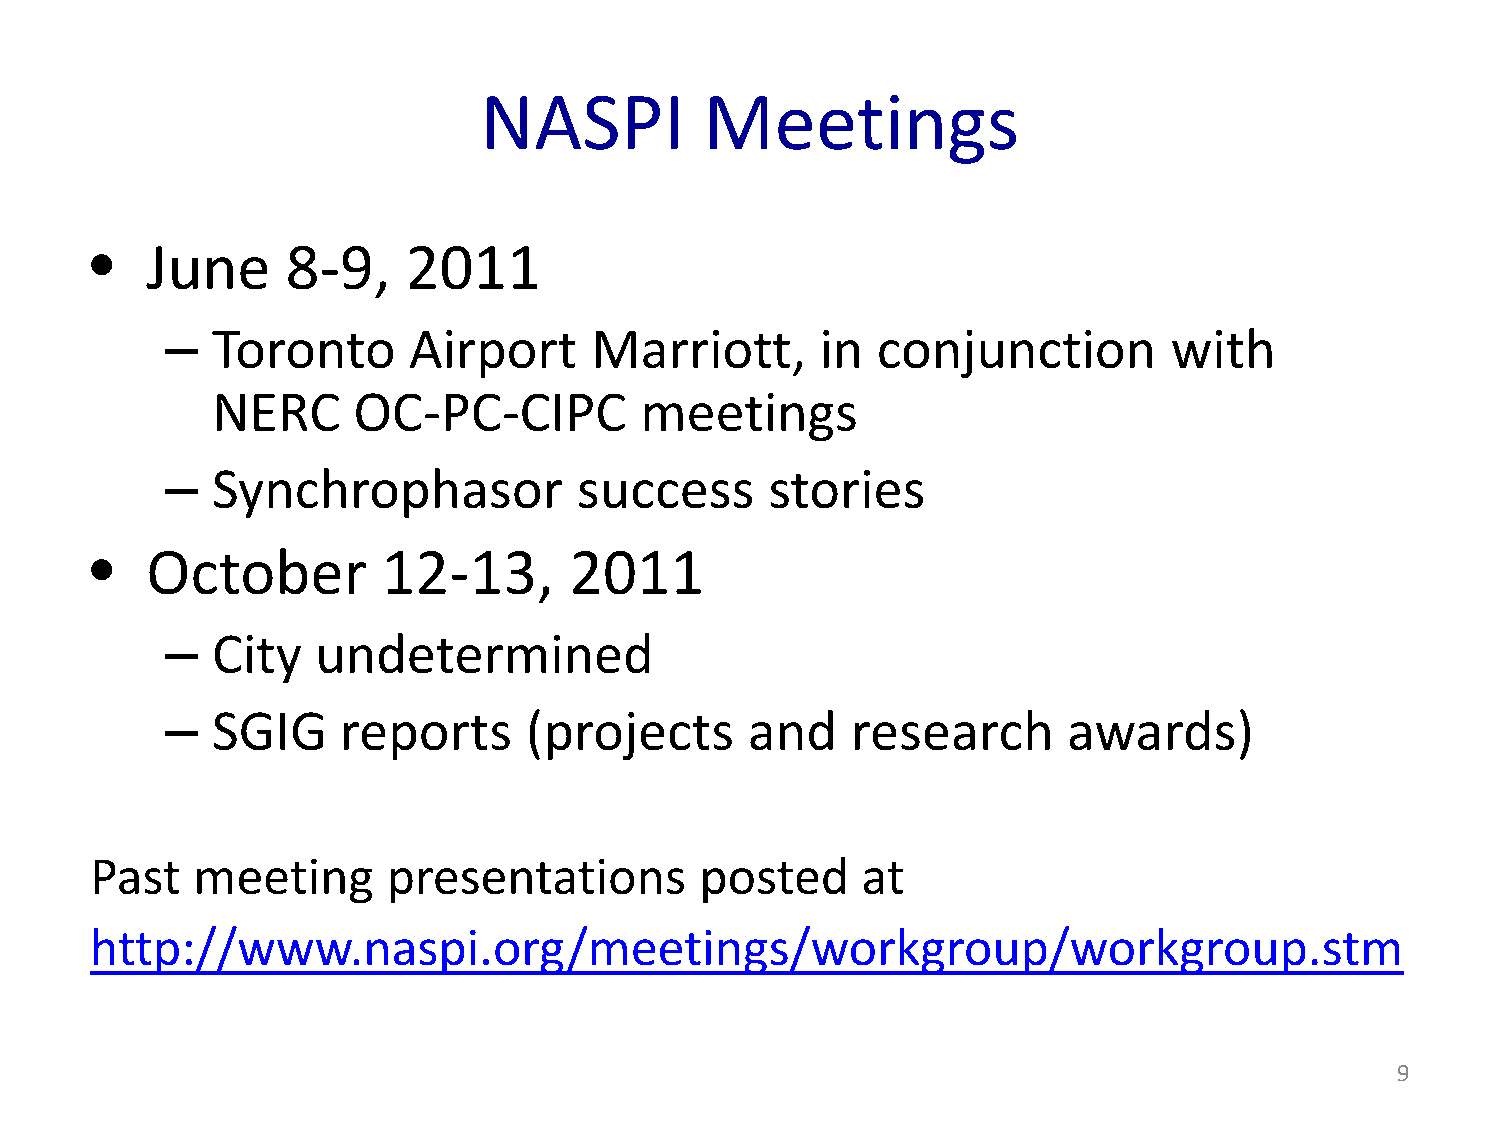
NASPI          Meetings
 June     8-9,    2011
 •
 Toronto      Airport     Marriott,      in  conjunction         with
 –
 NERC     OC-PC-CIPC         meetings
 Synchrophasor           success      stories
 –
 October        12-13,       2011
 •
 City   undetermined
 –
 SGIG    reports      (projects      and   research       awards)
 –
 Past   meeting      presentations       posted     at
 http://www.naspi.org/meetings/workgroup/workgroup.stm
 9